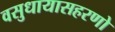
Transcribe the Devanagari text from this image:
वसुधायासहरणो